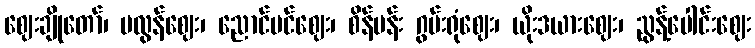
ဈေးချိုတော်၊ မလွန်ဈေး၊ ညောင်ပင်ဈေး၊ စိန်ပန်း ဂွမ်းရုံဈေး၊ ယိုးဒယားဈေး၊ ညွန့်ပေါင်းဈေး